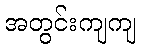
အတွင်းကျကျ